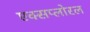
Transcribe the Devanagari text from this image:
एक्सप्लोरल